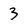
Character: 3